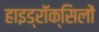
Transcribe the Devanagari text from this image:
हाइड्रॉक्सिलों